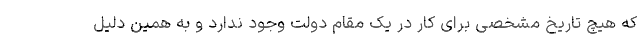
که هیچ تاریخ مشخصی برای کار در یک مقام دولت وجود ندارد و به همین دلیل